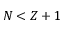
N < Z + 1